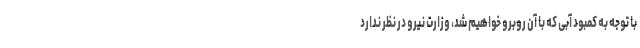
با توجه به کمبود آبی که با آن روبرو خواهیم شد، وزارت نیرو در نظر ندارد